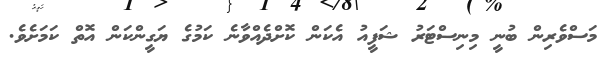
މަސްވެރިން ބުނީ މިނިސްޓަރު ޝަފީއު އެކަން ކޮށްދެއްވާނެ ކަމުގެ ޔަގީންކަން އޮތް ކަމަށެވެ.